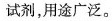
试剂，用途广泛。